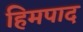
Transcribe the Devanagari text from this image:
हिमपाद